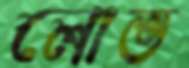
লোভ